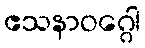
ဧသနာဝဂ္ဂေါ